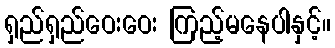
ရှည်ရှည်ဝေးဝေး ကြည့်မနေပါနှင့်။